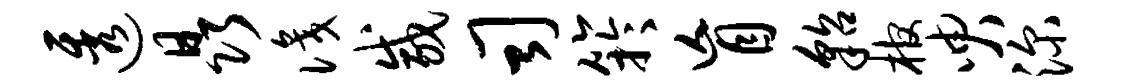
透晶识咸司竽盲貂棺臾深